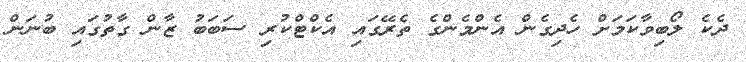
ދެކެ ލޯބިވާކަމަށް ހެދިގެން އެންމެންގެ ތެރޭގައި އެކްޓްކުރި ސަބަބު ޒާން ގާތުގައި ބުނަން